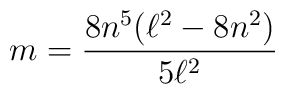
m=\frac{8n^{5}(\ell ^{2}-8n^{2})}{5\ell ^{2}}